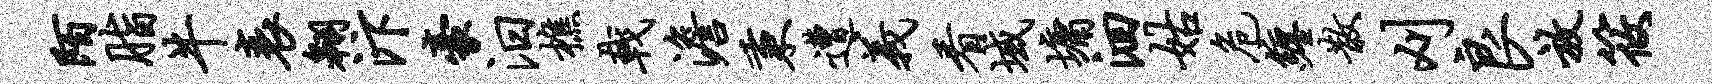
陌脂牛衰翱汴豪汨樵戟澹秉遭义看域墉洄姑危缠散刈良放筱